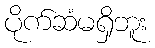
ပိုက်ဆံမရှိဘူး